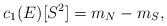
\begin{align*} c_1(E)[S^2]=m_N-m_S,\end{align*}